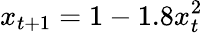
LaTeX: x_{t+1}=1-1.8x_{t}^{2}